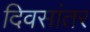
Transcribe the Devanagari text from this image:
दिवसांतर